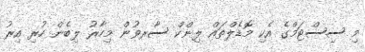
މި ސިސްޓަމްގެ އެކި މޮޑެލްތައް ލިންކް ސާރވުން މިހާރު ލިބެން ހުރި އިރު